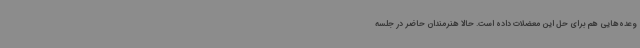
وعده‌هایی هم برای حل این معضلات داده است. حالا هنرمندان حاضر در جلسه